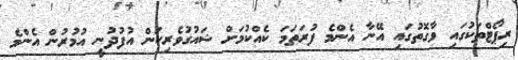
ރިޕޯޓްތަކުގައި ވާގޮތުގައި އޭނާ އެންމެ ފުރަތަމަ ކެއްކުމަށް ޝައުގުވެރިކަން އުފުދުނީ އުމުރުން އެންމެ